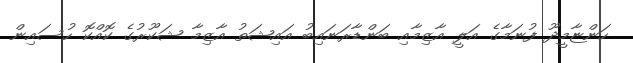
ހަންޏާމީދޫ ފުނަމާގެ އަލީ އާޒިމާއި ބަންޑާރަނައިބު އައިޝަތު އާޒިމާ ޝަކޫރުގެ ކޮއްކޮ ހުސައިން